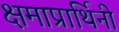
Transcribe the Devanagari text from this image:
क्षमाप्रार्थिनी